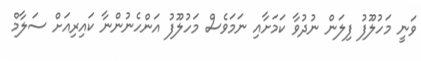
ވަނީ މަހުލޫފު ފިލަން ނުދުވާ ކަމަށާއި ނަމަވެސް މަހުލޫފު އަންހެނުންނާ ކައިރިއަށް ސަލާމް